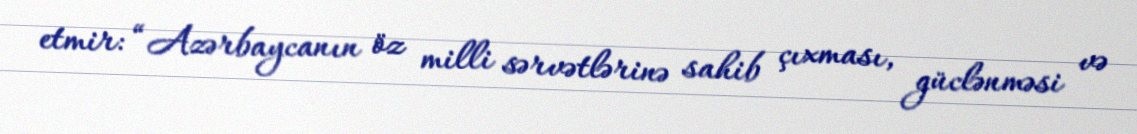
etmir: “Azərbaycanın öz milli sərvətlərinə sahib çıxması, güclənməsi və